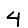
Digit: 4